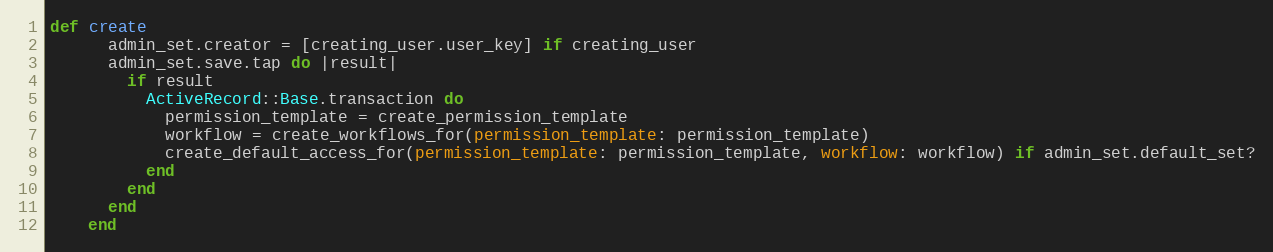
Language: Ruby
def create
      admin_set.creator = [creating_user.user_key] if creating_user
      admin_set.save.tap do |result|
        if result
          ActiveRecord::Base.transaction do
            permission_template = create_permission_template
            workflow = create_workflows_for(permission_template: permission_template)
            create_default_access_for(permission_template: permission_template, workflow: workflow) if admin_set.default_set?
          end
        end
      end
    end